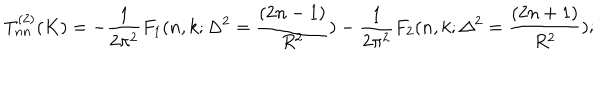
LaTeX: T _ { n n } ^ { ( 2 ) } ( K ) = - \frac { 1 } { 2 \pi ^ { 2 } } F _ { 1 } ( n , k ; \Delta ^ { 2 } = \frac { ( 2 n - 1 ) } { R ^ { 2 } } ) - \frac { 1 } { 2 \pi ^ { 2 } } F _ { 2 } ( n , k ; \Delta ^ { 2 } = \frac { ( 2 n + 1 ) } { R ^ { 2 } } ) ;